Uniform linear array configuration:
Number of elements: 16
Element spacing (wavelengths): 0.75
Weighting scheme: binomial
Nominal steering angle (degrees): -60
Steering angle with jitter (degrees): -59.475
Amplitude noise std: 0.05
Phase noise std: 0.05

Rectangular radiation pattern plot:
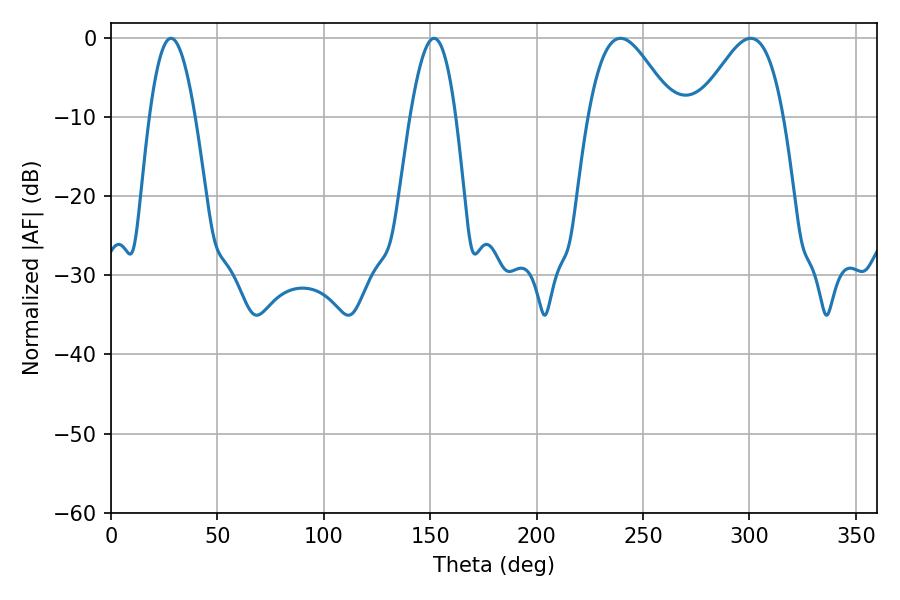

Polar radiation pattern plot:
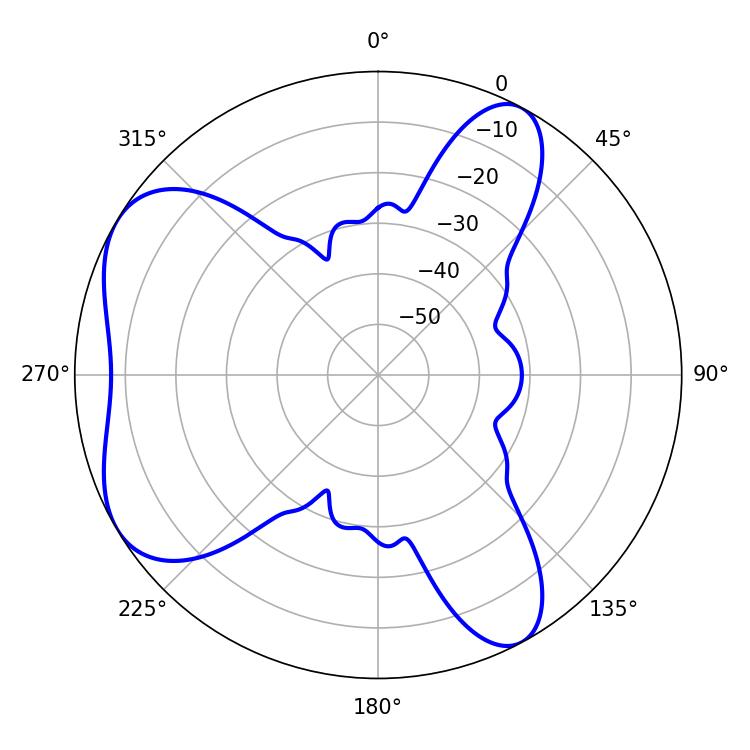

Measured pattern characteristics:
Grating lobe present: TRUE
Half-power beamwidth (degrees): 21.6
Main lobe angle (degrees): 239.4